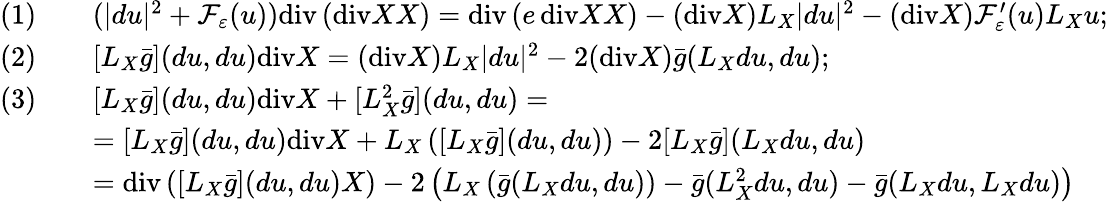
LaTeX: \begin{array}{rl}{(1)\quad}&{(|du|^{2}+\mathcal{F}_{\varepsilon}(u))\mathrm{div}\left(\mathrm{div}XX\right)=\mathrm{div}\left(e\, \mathrm{div}XX\right)-(\mathrm{div}X)L_{X}|du|^{2}-(\mathrm{div}X)\mathcal{F}_{\varepsilon}^{\prime}(u)L_{X}u;}\\ {(2)\quad}&{[L_{X}\bar{g}](du,du)\mathrm{div}X=(\mathrm{div}X)L_{X}|du|^{2}-2(\mathrm{div}X)\bar{g}(L_{X}du,du);}\\ {(3)\quad}&{[L_{X}\bar{g}](du,du)\mathrm{div}X+[L_{X}^{2}\bar{g}](du,du)=}\\ &{=[L_{X}\bar{g}](du,du)\mathrm{div}X+L_{X}\left([L_{X}\bar{g}](du,du)\right)-2[L_{X}\bar{g}](L_{X}du,du)}\\ &{=\mathrm{div}\left([L_{X}\bar{g}](du,du)X\right)-2\left(L_{X}\left(\bar{g}(L_{X}du,du)\right)-\bar{g}(L_{X}^{2}du,du)-\bar{g}(L_{X}du,L_{X}du)\right)}\end{array}